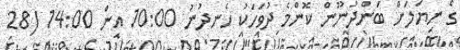
ގެ ނިޔަލަށް ބަންދުނޫން ކޮންމެ ދުވަހަކު ހެނދުނު 10:00 އިން 14:00 (28